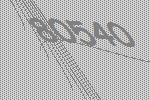
80540